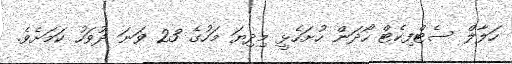
ހަލާލް ސެޓްފިކެޓް ހޯދަން ހުށަހެޅީ މިދިޔަ މަހުގެ 23 ވަނަ ދުވަހު ކަމަށެވެ.